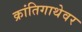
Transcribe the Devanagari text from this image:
क्रांतिगाथेवर